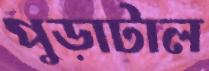
পুড়াটাল